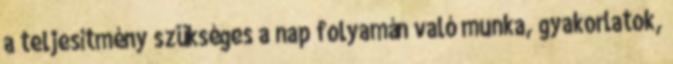
a teljesítmény szükséges a nap folyamán való munka, gyakorlatok,